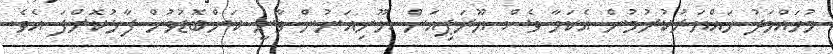
މުހައްމަދު ހައްޔަރުކުރުމުން އެކަމާ ވެސް ޔޫރަޕިއަން ޔޫނިއަނުން ވާނީ ކަންބޮޑުވުން ފާޅުކޮށްފަ އެވެ.